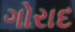
ગોરાદ